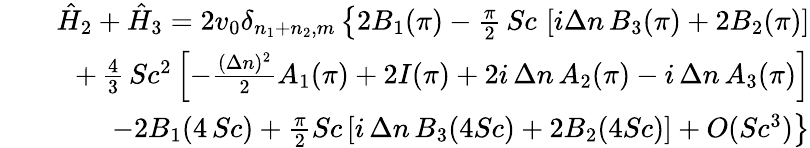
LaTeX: \begin{array}{rlr}&{}&{\hat{H}_{2}+\hat{H}_{3}=2v_{0}\delta_{n_{1}+n_{2},m}\left\{ 2B_{1}(\pi)-{\frac{\pi}{2}}\, Sc\, \left[i\Delta n\, B_{3}(\pi)+2B_{2}(\pi)\right]\right.}\\ &{}&{+\left.{\frac{4}{3}}\, Sc^{2}\left[-{\frac{(\Delta n)^{2}}{2}}A_{1}(\pi)+2I(\pi)+2i\, \Delta n\, A_{2}(\pi)-i\, \Delta n\, A_{3}(\pi)\right]\right.}\\ &{}&{\left.-2B_{1}(4\, Sc)+{\frac{\pi}{2}}Sc\left[i\, \Delta n\, B_{3}(4Sc)+2B_{2}(4Sc)\right]+O(Sc^{3})\right\} }\end{array}